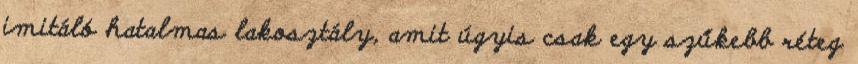
imitáló hatalmas lakosztály, amit úgyis csak egy szűkebb réteg